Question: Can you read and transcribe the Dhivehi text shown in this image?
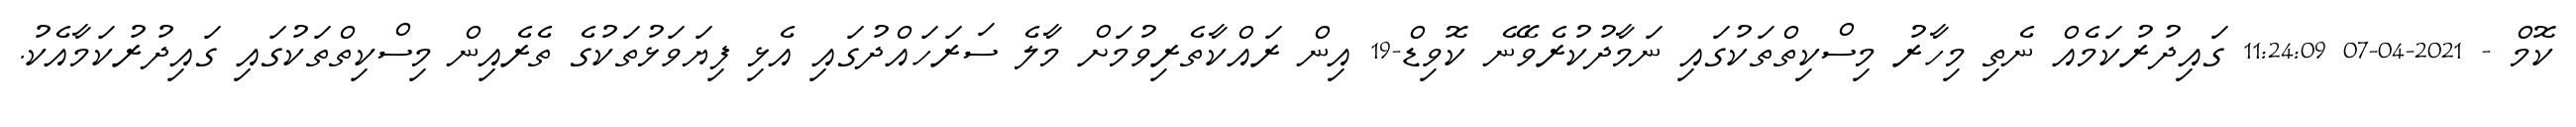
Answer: ކޮމް - 2021-04-07 11:24:09 ގައިދުރުކަމެއް ނެތި މިހާރު މިސްކިތްތަކުގައި ނަމާދުކުރެވޭނެ ކޮވިޑް-19 އިން ރައްކާތެރިވުމަށް މާލެ ސަރަހައްދުގައި އެޅި ފިޔަވަޅުތަކުގެ ތެރެއިން މިސްކިތްތަކުގައި ގައިދުރުކަމާއެކު.